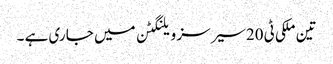
تین ملکی ٹی 20سیرسز ویلنگٹن میں جا ری ہے ۔